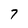
Character: 7